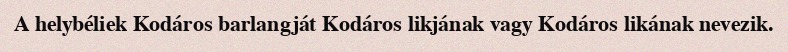
A helybéliek Kodáros barlangját Kodáros likjának vagy Kodáros likának nevezik.